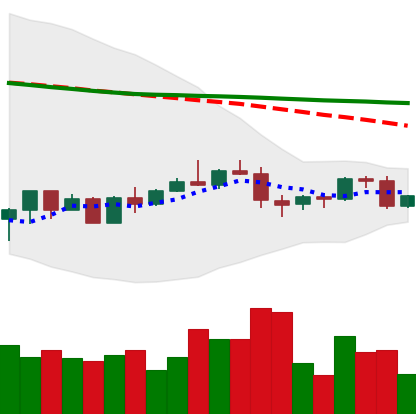
Ticker: BNB-USD
Chart end date: 2022-06-02
Forward return: -5.765%
Label: down_5_7